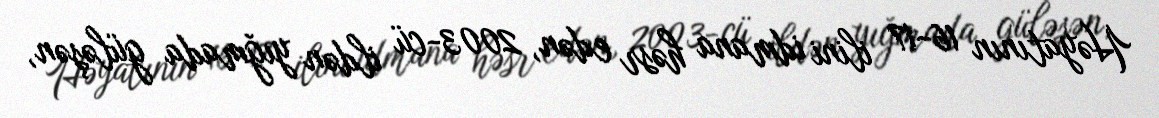
Həyatının 16-17 ilini idmana həsr edən, 2003-cü ildən yığmada güləşən,